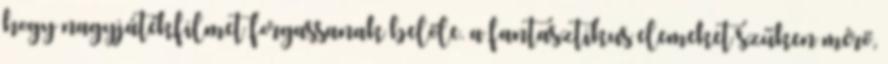
hogy nagyjátékfilmet forgassanak belőle. a fantasztikus elemeket szűken mérő,